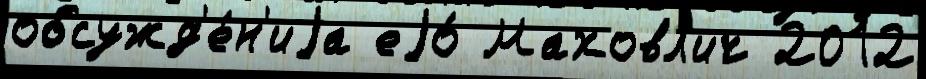
обсужд'е́н'иjа еjо́ Маховл'ич 2012